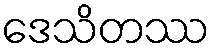
ဒေသိတဿ